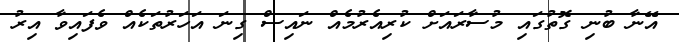
އޭނާ ބުނި ގޮތުގައި މުސާރައަށް ކުރިއެރުމެއް ނައިސް ގިނަ އަހަރުތަކެއް ވެފައިވާ އިރު